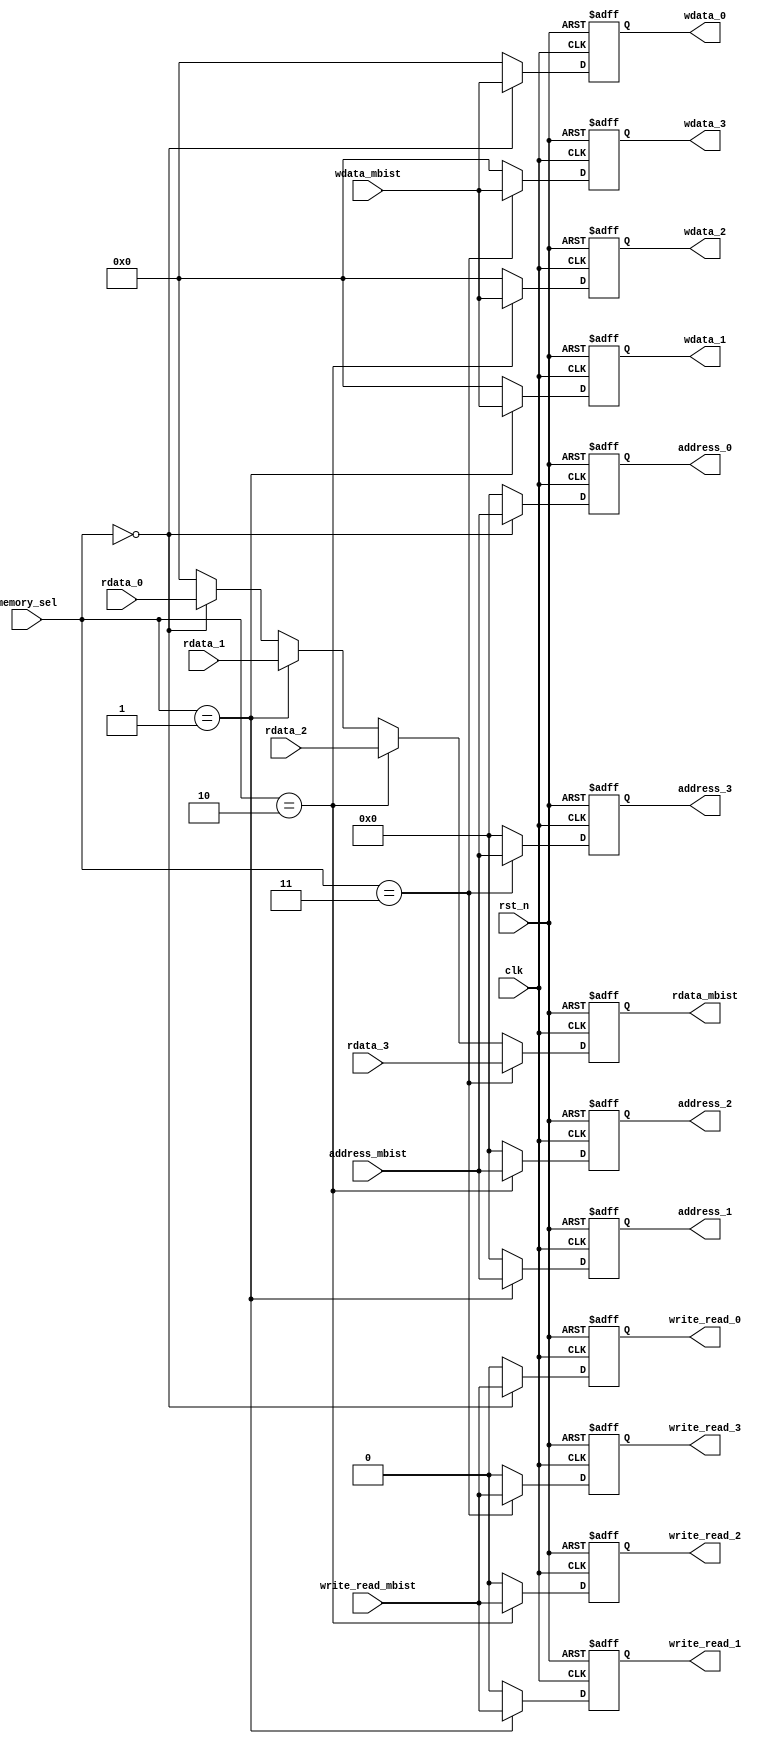
module mbist_mux_demux (clk
                       ,rst_n
                       ,memory_sel
                       ,write_read_mbist
                       ,rdata_mbist
                       ,wdata_mbist
                       ,address_mbist
 ,write_read_3
 ,write_read_2
 ,write_read_1
 ,write_read_0
 ,rdata_3 
 ,rdata_2 
 ,rdata_1 
 ,rdata_0 
 ,wdata_3 
 ,wdata_2 
 ,wdata_1 
 ,wdata_0 
 ,address_3 
 ,address_2 
 ,address_1 
 ,address_0 
                        );

parameter DATA_WIDTH = 64;
parameter ADDR_WIDTH = 16;

input clk;
input rst_n;
input [2:0]memory_sel;
input write_read_mbist;
input [DATA_WIDTH-1:0] wdata_mbist;
input [DATA_WIDTH-1:0] rdata_3; 
input [DATA_WIDTH-1:0] rdata_2; 
input [DATA_WIDTH-1:0] rdata_1; 
input [DATA_WIDTH-1:0] rdata_0; 
input [ADDR_WIDTH-1:0] address_mbist;
output [DATA_WIDTH-1:0] wdata_3; 
output [DATA_WIDTH-1:0] wdata_2; 
output [DATA_WIDTH-1:0] wdata_1; 
output [DATA_WIDTH-1:0] wdata_0; 
output [DATA_WIDTH-1:0] rdata_mbist;
output [ADDR_WIDTH-1:0] address_3 ; 
output [ADDR_WIDTH-1:0] address_2 ; 
output [ADDR_WIDTH-1:0] address_1 ; 
output [ADDR_WIDTH-1:0] address_0 ; 
output write_read_3 ; 
output write_read_2 ; 
output write_read_1 ; 
output write_read_0 ; 


reg [DATA_WIDTH-1:0] wdata_3 ; 
reg [DATA_WIDTH-1:0] wdata_2 ; 
reg [DATA_WIDTH-1:0] wdata_1 ; 
reg [DATA_WIDTH-1:0] wdata_0 ; 
reg [DATA_WIDTH-1:0] rdata_mbist;
reg [ADDR_WIDTH-1:0] address_3 ; 
reg [ADDR_WIDTH-1:0] address_2 ; 
reg [ADDR_WIDTH-1:0] address_1 ; 
reg [ADDR_WIDTH-1:0] address_0 ; 
reg write_read_3 ; 
reg write_read_2 ; 
reg write_read_1 ; 
reg write_read_0 ; 

always @ (posedge clk or negedge rst_n) begin
    if (!rst_n) begin
        rdata_mbist <= 0;
wdata_3      <= 0 ; 
wdata_2      <= 0 ; 
wdata_1      <= 0 ; 
wdata_0      <= 0 ; 
address_3    <= 0 ; 
address_2    <= 0 ; 
address_1    <= 0 ; 
address_0    <= 0 ; 
write_read_3 <= 0 ; 
write_read_2 <= 0 ; 
write_read_1 <= 0 ; 
write_read_0 <= 0 ; 
    end
    else begin
rdata_mbist <= (memory_sel == 3) ? rdata_3 :(memory_sel == 2) ? rdata_2 :(memory_sel == 1) ? rdata_1 :(memory_sel == 0) ? rdata_0 :0 ;
address_3 <= (memory_sel == 3) ? address_mbist:0;
address_2 <= (memory_sel == 2) ? address_mbist:0;
address_1 <= (memory_sel == 1) ? address_mbist:0;
address_0 <= (memory_sel == 0) ? address_mbist:0;
wdata_3 <= (memory_sel == 3) ? wdata_mbist:0;
wdata_2 <= (memory_sel == 2) ? wdata_mbist:0;
wdata_1 <= (memory_sel == 1) ? wdata_mbist:0;
wdata_0 <= (memory_sel == 0) ? wdata_mbist:0;
write_read_3 <= (memory_sel == 3) ? write_read_mbist:0;
write_read_2 <= (memory_sel == 2) ? write_read_mbist:0;
write_read_1 <= (memory_sel == 1) ? write_read_mbist:0;
write_read_0 <= (memory_sel == 0) ? write_read_mbist:0;
    end
end
endmodule